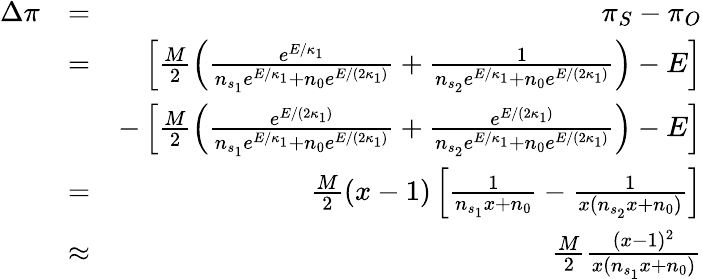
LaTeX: \begin{array}{rlr}{\Delta\pi}&{=}&{\pi_{S}-\pi_{O}}\\ &{=}&{\left[\frac{M}{2}\left(\frac{e^{E/\kappa_{1}}}{n_{s_{1}}e^{E/\kappa_{1}}+n_{0}e^{E/(2\kappa_{1})}}+\frac{1}{n_{s_{2}}e^{E/\kappa_{1}}+n_{0}e^{E/(2\kappa_{1})}}\right)-E\right]}\\ &{}&{-\left[\frac{M}{2}\left(\frac{e^{E/(2\kappa_{1})}}{n_{s_{1}}e^{E/\kappa_{1}}+n_{0}e^{E/(2\kappa_{1})}}+\frac{e^{E/(2\kappa_{1})}}{n_{s_{2}}e^{E/\kappa_{1}}+n_{0}e^{E/(2\kappa_{1})}}\right)-E\right]}\\ &{=}&{\frac{M}{2}(x-1)\left[\frac{1}{n_{s_{1}}x+n_{0}}-\frac{1}{x(n_{s_{2}}x+n_{0})}\right]}\\ &{\approx}&{\frac{M}{2}\frac{(x-1)^{2}}{x(n_{s_{1}}x+n_{0})}}\end{array}